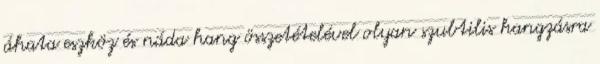
áhata eszköz és náda hang összetételével olyan szubtilis hangzásra